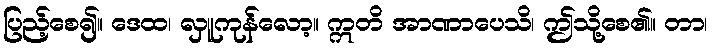
ပြည့်စေ၍။ ဒေထ၊ လှူကုန်လော့။ ဣတိ အာဏာပေသိ၊ ဤသို့စေ၏။ တာ၊